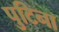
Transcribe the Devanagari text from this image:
पुटिना